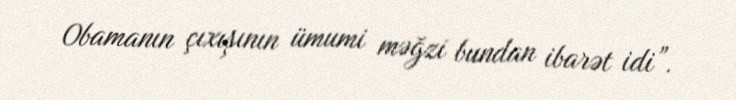
Obamanın çıxışının ümumi məğzi bundan ibarət idi”.